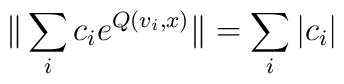
\|\sum_i c_i e^{Q(v_i,x)} \| = \sum_i |c_i|